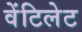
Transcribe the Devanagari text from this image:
वेंटिलेट